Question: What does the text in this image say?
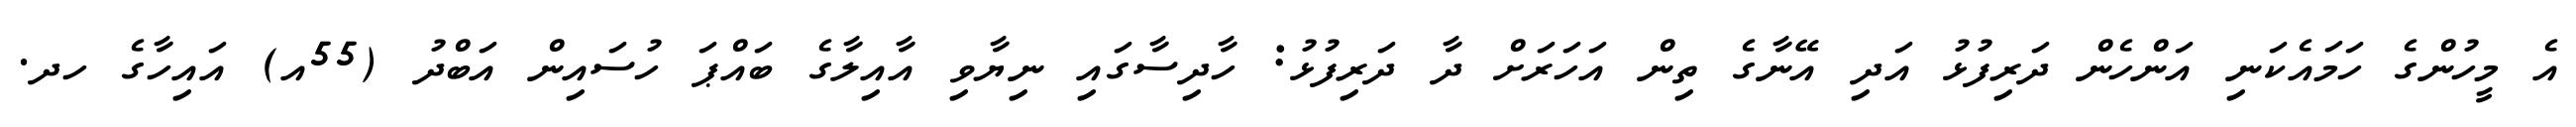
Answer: އެ މީހުންގެ ހަމައެކަނި އަންހެން ދަރިފުޅު އަދި އޭނާގެ ތިން އަހަރަށް ދާ ދަރިފުޅު: ހާދިސާގައި ނިޔާވި އާއިލާގެ ބައްޕަ ހުސައިން އަބްދު (55އ) އައިހާގެ ހދ.